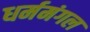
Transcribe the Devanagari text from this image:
धर्ममंगल